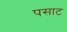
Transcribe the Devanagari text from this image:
पसाट